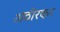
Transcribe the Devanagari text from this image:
अठीरकर